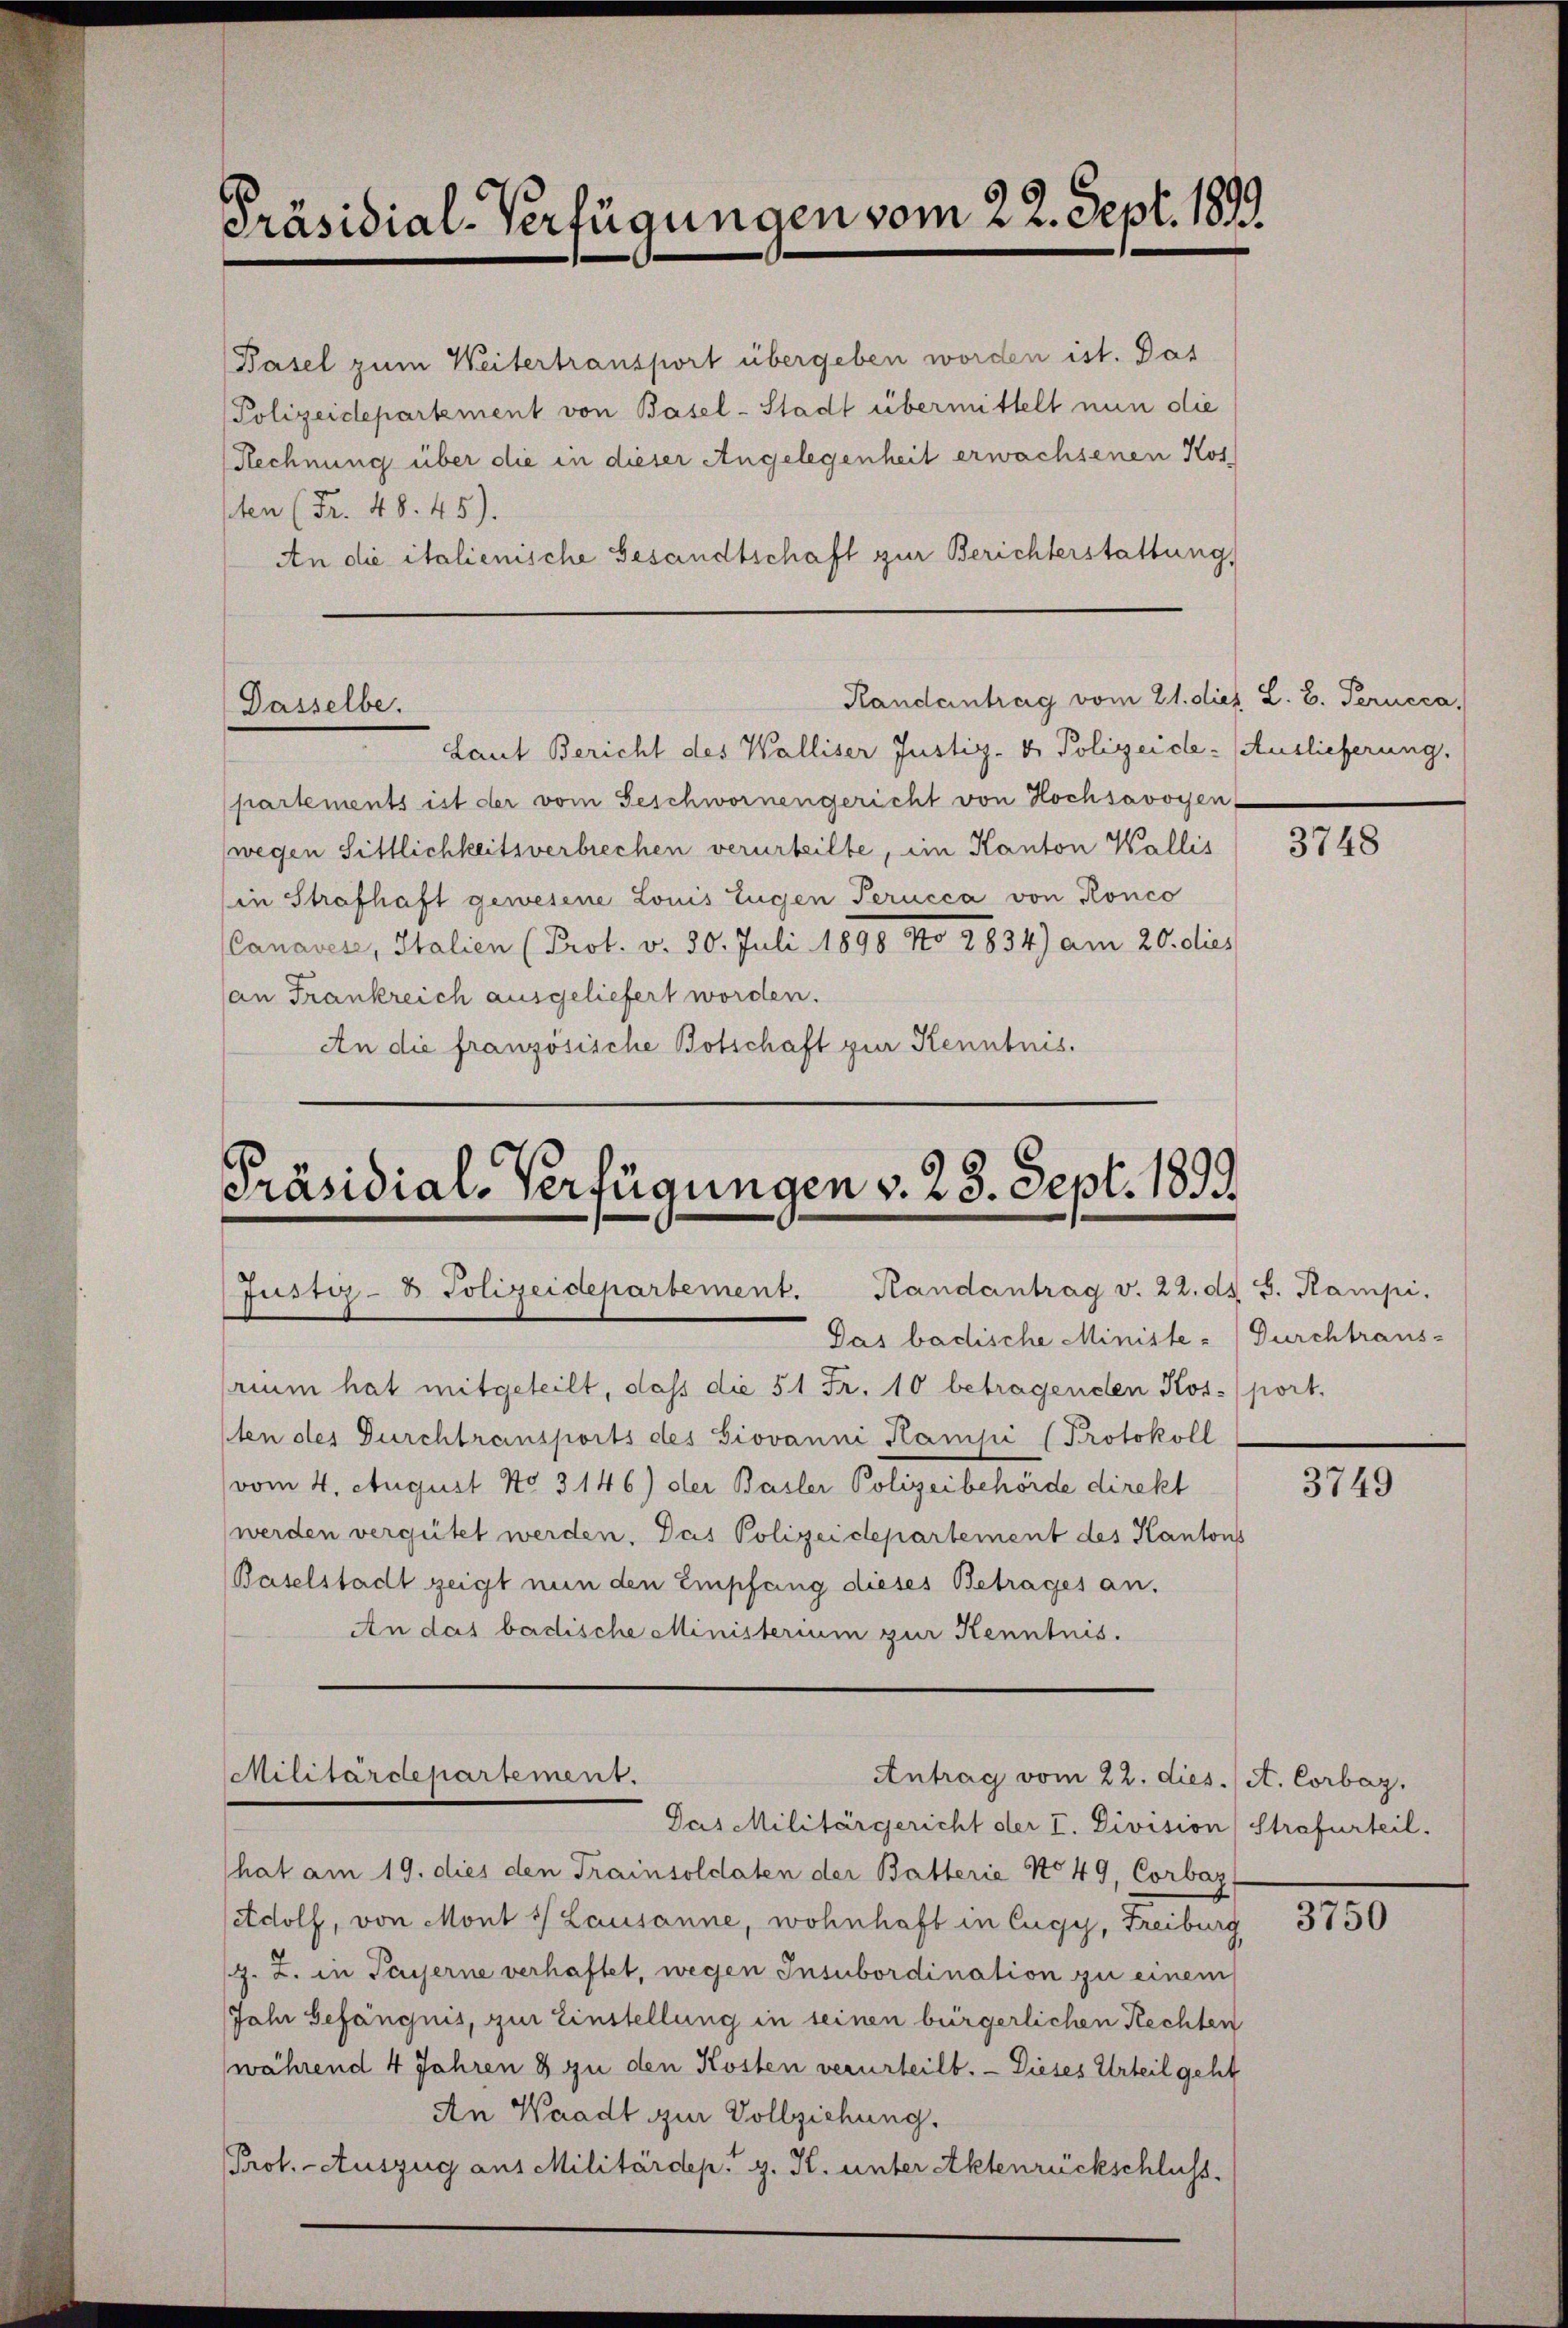
Präsidial-Verfügungen vom 22. Sept. 1899

Pasel zum Weitertransport übergeben worden ist. Das
Polizeidepartement von Basel-Stadt übermittelt nun die
Rechnung über die in dieser Angelegenheit erwachsenen Kos
pten (Fr. 48. 45).
An die italienische Besandtschaft zur Berichterstattung,

Dasselbe.

Randentrag vom 21. dies L. B. Perucca,

Laut Bericht des Walliser Justiz- & Polizeide. (Auslieferung.
partements ist der vom Geschwornengericht von Hochsavoyen
wegen Sittlichkeitsverbrechen verurteilte, im Kanton Wallis
(in Strafhaft gewesene Louis Eugen Perucca von Ronco
Canaves, Italien (Prot. v. 30. Juli 1898 No 2834) am 20. dies
an Frankreich ausgeliefert worden.
An die französische Botschaft zur Kenntnis.

Präsidial-Verfügungen v. 23. Sept. 1899
Justiz- & Polizeidepartement. Handantrag v. 22. ds. S. Kampi.

Das badische Ministe- Durchtraus-
rium hat mitgeteilt, dass die 51 Fr. 10 betragenden Kosport.
1ten des Durchtransports des Giovanni Kampi (Protokoll
vom 4. August No 3146) der Basler Polizeibehörde direkt
werden vergütet werden. Das Polizeidepartement des Kantons
Baselstadt zeigt nun den Empfang dieses Betrages an.
An das badische Ministerium zur Kenntnis.

Militärdepartement.
Antrag vom 22. dies. (A. Corbaz.

Das Militärgericht der I. Division Strafurteil.
hat am 19. dies den Trainsoldaten der Batterie No 49, Corbaz
Adolf, von Mont 1) Lausanne, wohnhaft in Eugy, Freiburg
/9. Z. in Payerne verhaftet, wegen Insubordination zu einem
Jahr Gefängnis, zur Einstellung in seinen bürgerlichen Rechten
(während 4 Jahren 3 zu den Kosten verurteilt. — Dieses Urteil geht
An Waadt zur Vollziehung.
Prof. - Auszug aus Militärdep. g. K. unter Aktenrückschluss.

3748

3749

3750